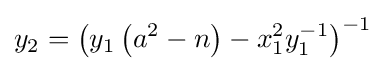
y_{2}=\left(y_{1}\left(a^{2}-n\right)-x_{1}^{2}y_{1}^{-1}\right)^{-1}